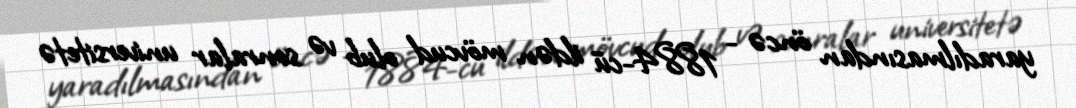
yaradılmasından öncə - 1884-cü ildən mövcud olub və sonralar universitetə